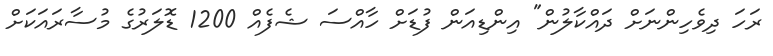
ރަހަ ދިވެހިންނަށް ދައްކާލުން" އިންޑިއަން ފުޑަށް ހާއްސަ ޝެފެއް 1200 ޑޮލަރުގެ މުސާރައަކަށް